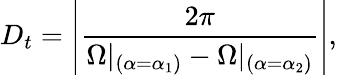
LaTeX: D_{t}=\left|\frac{2\pi}{\Omega|_{(\alpha=\alpha_{1})}-\Omega|_{(\alpha=\alpha_{2})}}\right|,